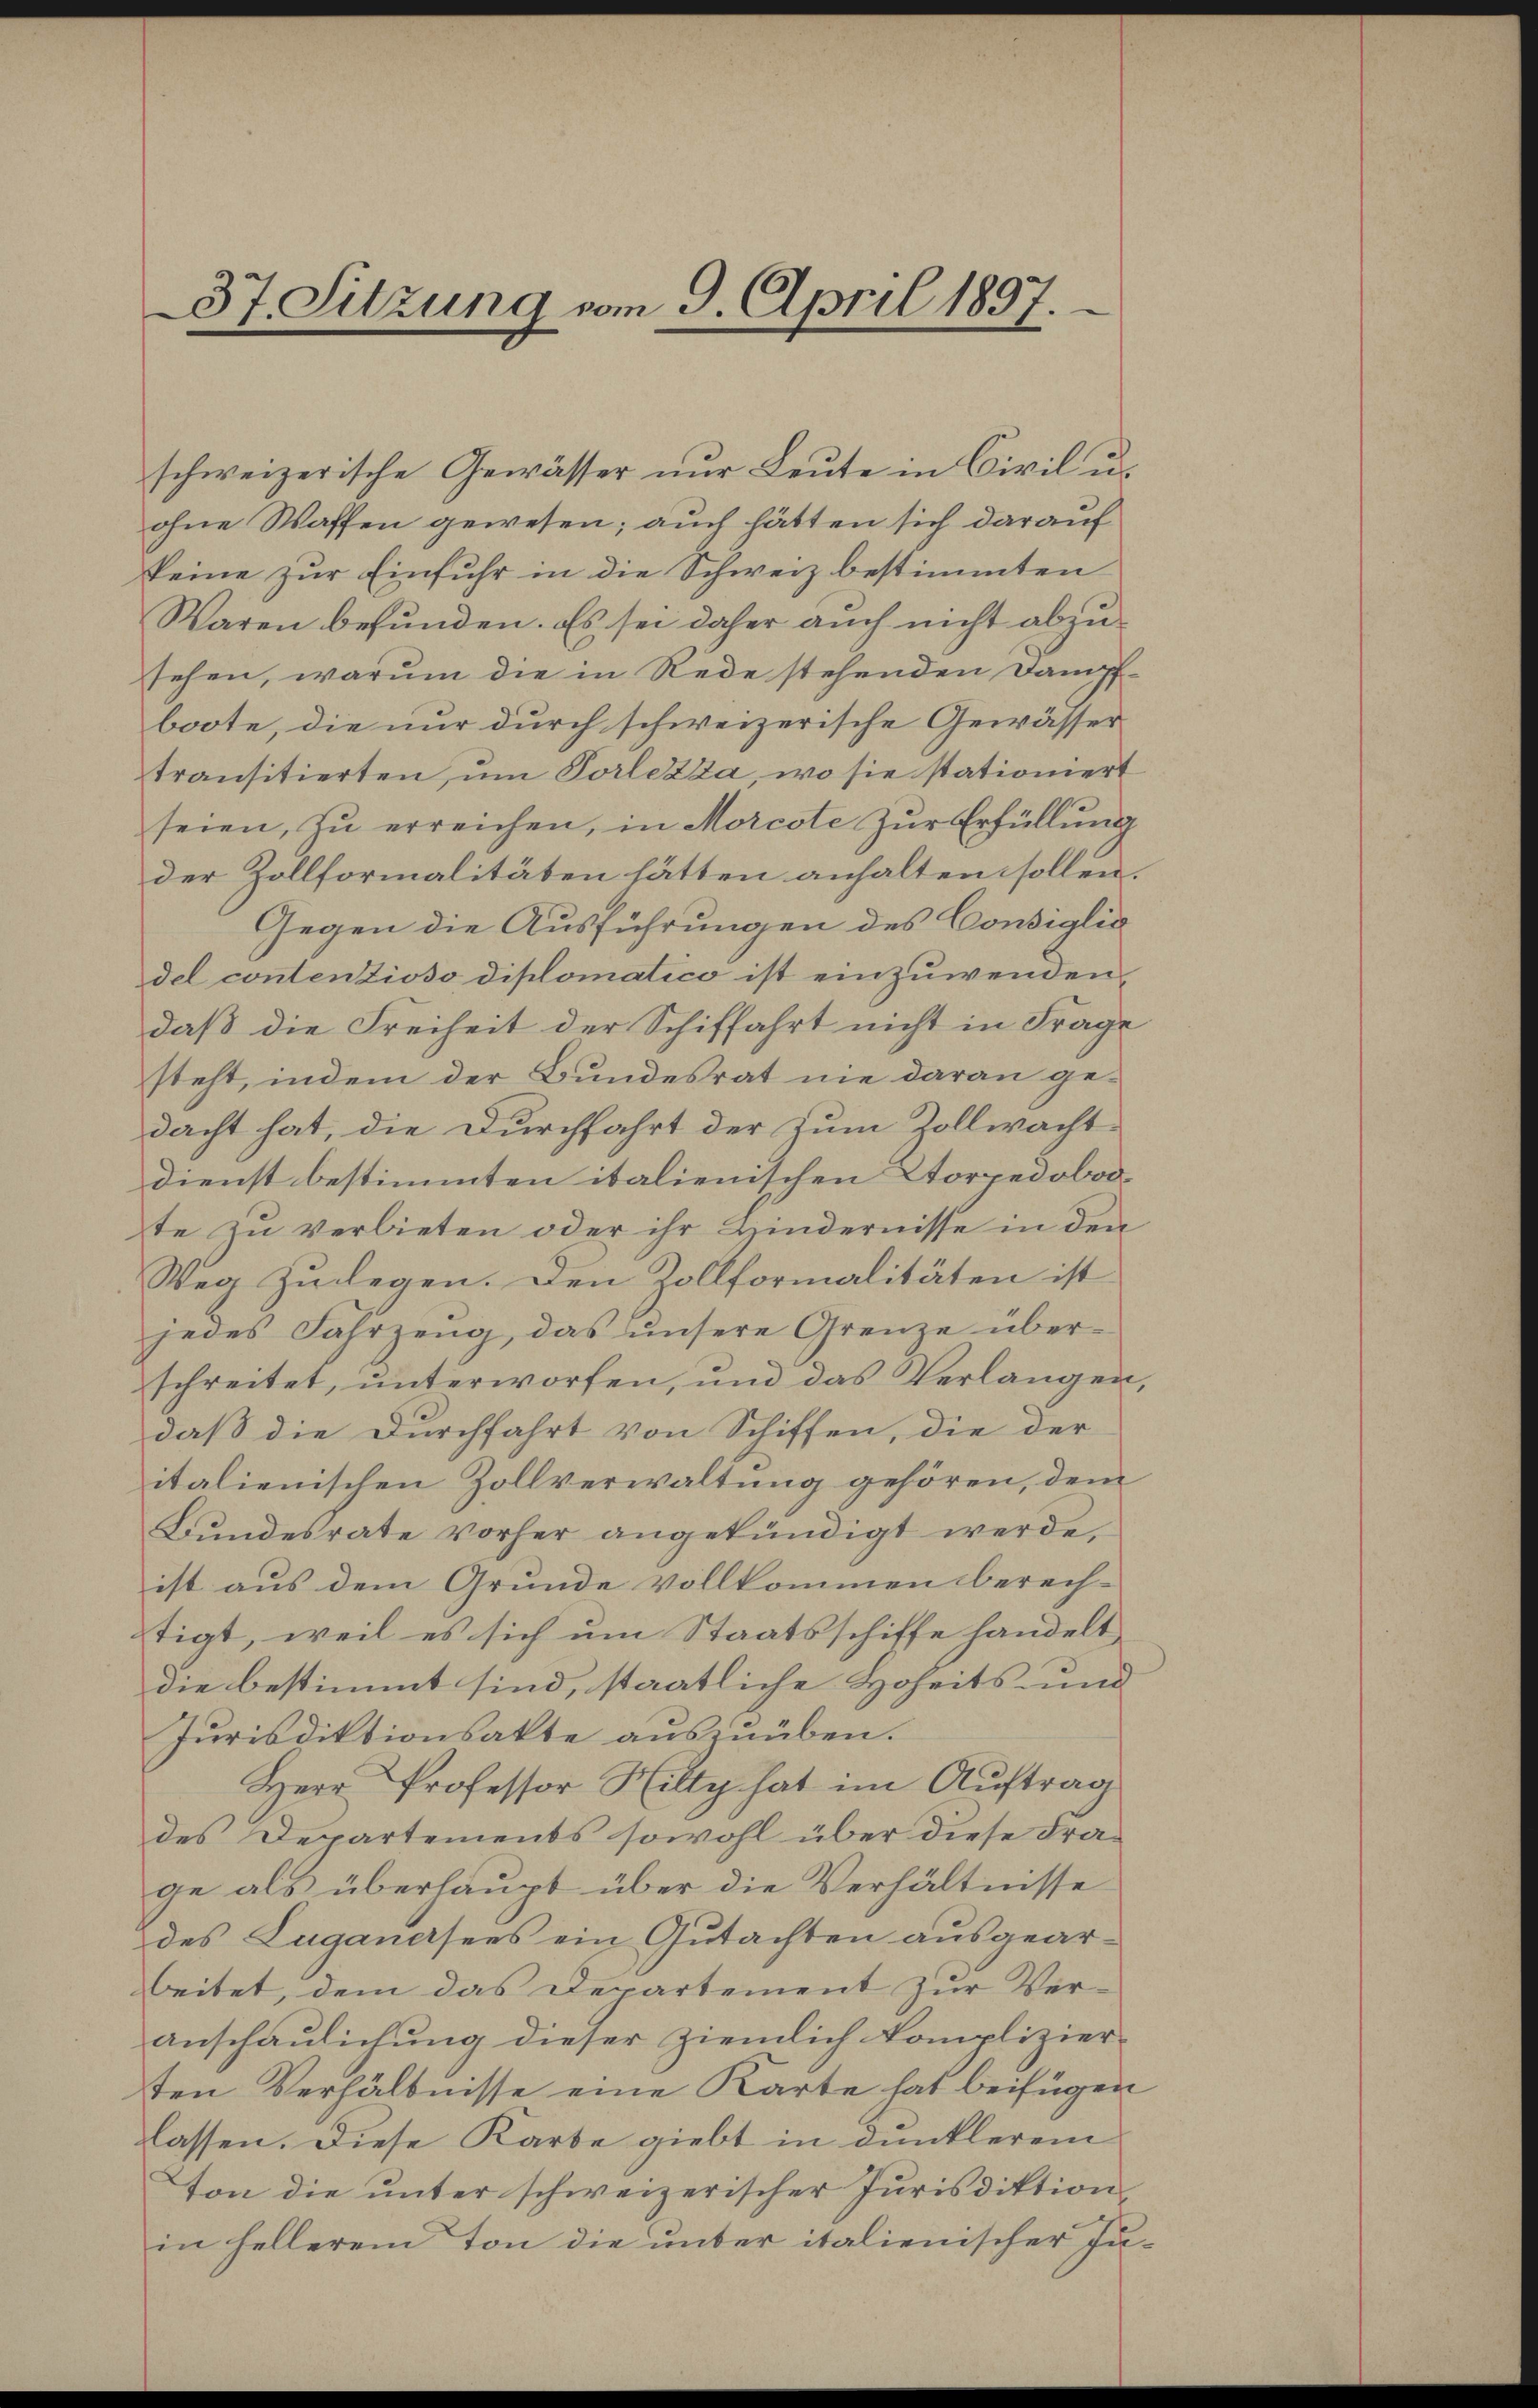
37. Sitzung vom 9. April 1897
“

schweizerische Gewässer nur Leute in Civil u.
ohne Waffen gewesen; auch hätten sich darauf
keine zur Einfuhr in die Schweiz bestimmten
Waren befunden. Es sei daher auch nicht abzu-
sehen, warum die in Rede stehenden Dampfboote, die nur durch schweizerische Gewässer
transitierten, um Vorlezza, wo sie stationiert
seien, zŭ erreichen, in Morcote zŭr Erfüllung
der Zollformalitäten hätten anhalten sollen.
Gegen die Ausführungen des Consiglio
del contentioso diplomatico ist einzuwenden,
daß die Freiheit der Schiffahrt nicht in Frage
steht, indem der Bundesrat nie daran gedacht hat, die Durchfahrt der Zum Zollwacht
Dienst bestimmten italienischen Storpedobodte zu verbieten oder ihr Hindernisse in den
Weg zulegen. Den Zollformalitäten ist
jedes Fahrzeug, das unsere Grenze überschreitet, unterworfen, und das Verlangen,
daß die Durchfahrt von Schiffen, die der
italienischen Zollverwaltung gehören, dem
Bŭndesrate vorher angekündigt werde,
ist aus dem Grunde vollkommen berech-
stigt, weil es sich um Staatsschiffe handelt
die bestimmt sind, staatliche Hoheits- und
Jurisdiktionsakte auszuüben.
Herr Professor Hilty hat im Auftrag
des Departements sowohl über diese Frage als überhaupt über die Verhältnisse
des Luganesens ein Gutachten ausgear-
beitet, dem das Departement zur Veranschaulichung dieser ziemlich komplizier-
ten Verhältnisse eine Karte hat beifügen
lassen. Diese Karbe giebt in dunklerem
Von die unter schweizerischer Jurisdiktion
in hellerem Ton die unter italienischer Ju¬